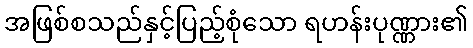
အဖြစ်စသည်နှင့်ပြည့်စုံသော ရဟန်းပုဏ္ဏား၏